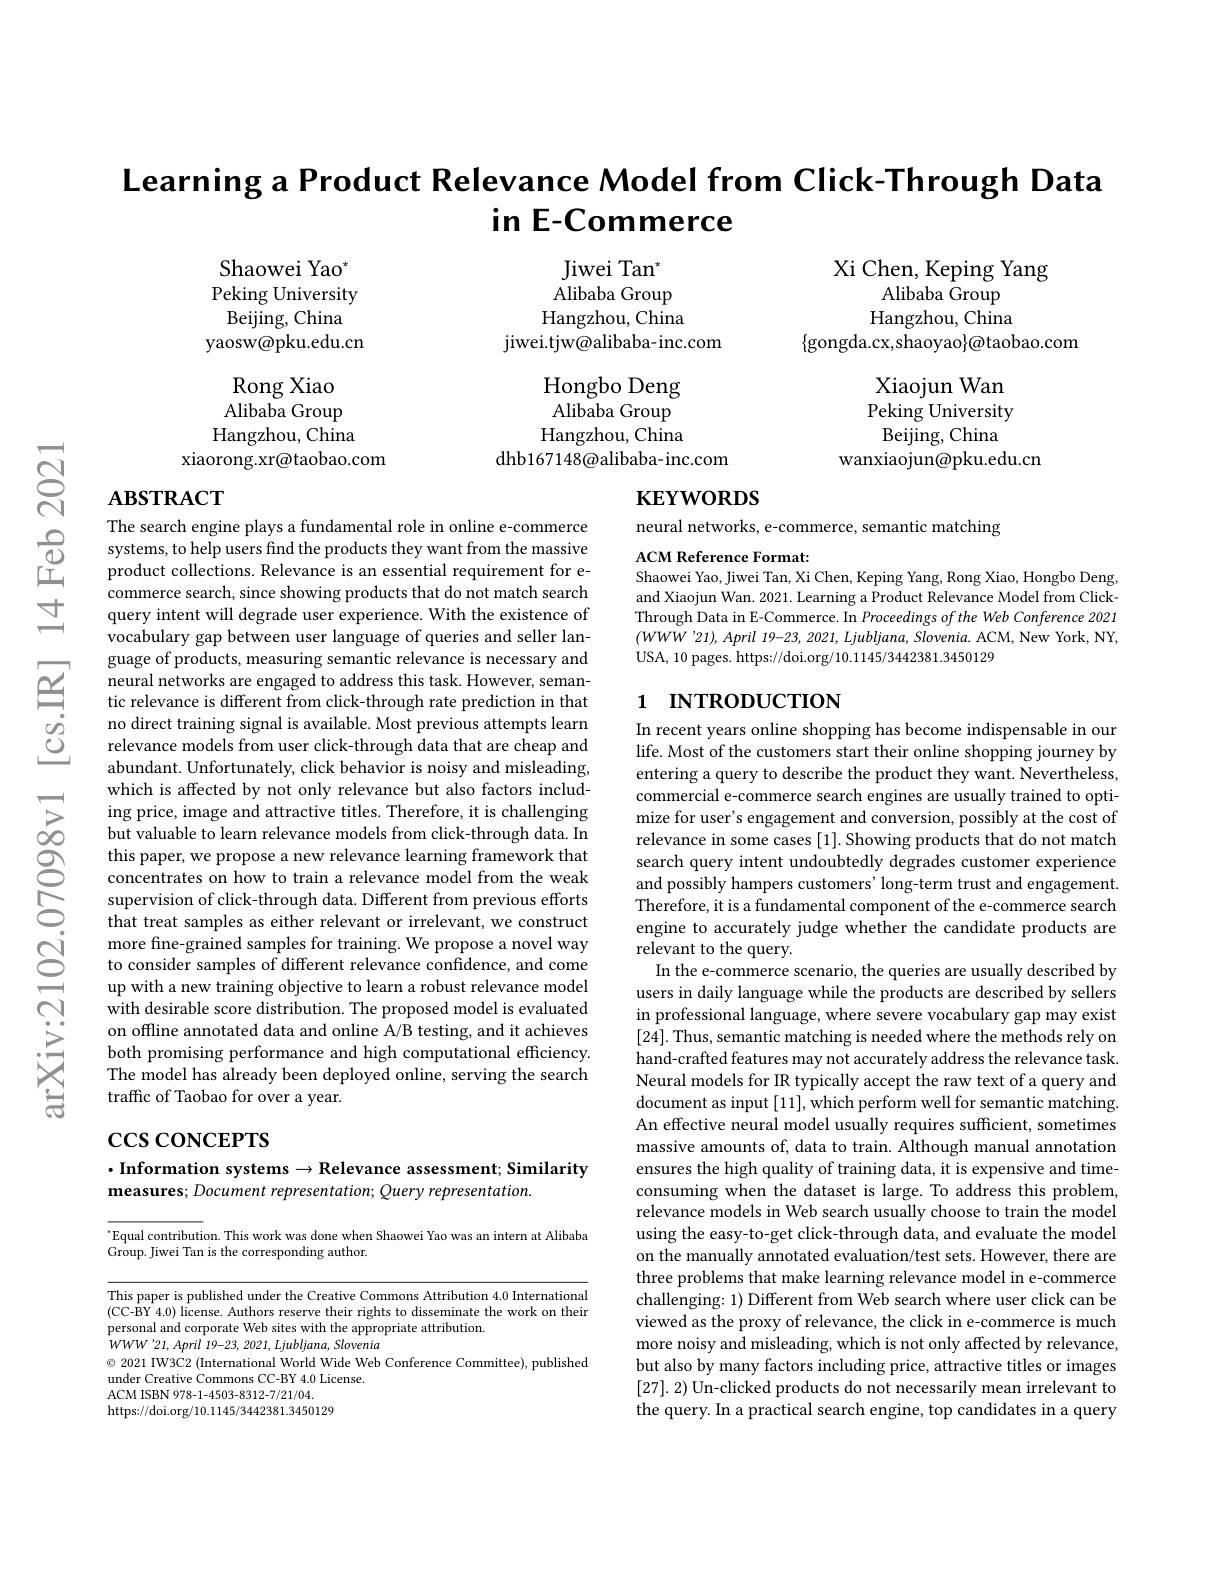
Learning a Product Relevance Model from Click-Through Data
# $\operatorname{in}$E-Commerce

Xi Chen, Keping Yang
Alibaba $\overset{\circ}{\operatorname*{Group}}$ Hangzhou, China
$\{$gongda.cx,shaoyao$\}\textcircled{a}$taobao.com

$\mathrm{Jiwei~Tan}^{*}$ ${\mathrm{Alibaba~Group}}$ Hangzhou, China
jiwei.tjw@alibaba-inc.com

Shaowei Yao$^*$ Peking University Beijing, China
yaosw@pku.edu.cn
Rong Xiao Alibaba Group Hangzhou, China
xiaorong.xr@taobao.com

Xiaojun Wan Peking University Beijing, China
wanxiaojun@pku.edu.cn

Hongbo Deng $\bar{\text{Alibaba Group}}$ Hangzhou, China
dhb167148@alibaba-inc.com

# $\mathbf{ABSTRACT}$

# $\mathbf{KEYWORDS}$

neural networks, e-commerce, semantic matching

ACM Reference Format:
Shaowei Yao, Jiwei Tan, Xi Chen, Keping Yang, Rong Xiao, Hongbo Deng, and Xiaojun Wan. 2021. Learning a Product Relevance Model from ClickThrough Data in E-Commerce. In Proceedings of the Web Conference 2021 $(WWW'21),April$ 19-23, 2021, Ljubljana, Slovenia. ACM, New York, NY, USA, 10 pages. https://doi.org/10.1145/3442381.3450129

# 1 INTRODUCTION

The search engine plays a fundamental role in online e-commerce systems, to help users find the products they want from the massive product collections. Relevance is an essential requirement for ecommerce search, since showing products that do not match search query intent will degrade user experience. With the existence of vocabulary gap between user language of queries and seller language of products, measuring semantic relevance is necessary and neural networks are engaged to address this task. However, semantic relevance is different from click-through rate prediction in that no direct training signal is available. Most previous attempts learn relevance models from user click-through data that are cheap and abundant. Unfortunately, click behavior is noisy and misleading, which is affected by not only relevance but also factors including price, image and attractive titles. Therefore, it is challenging but valuable to learn relevance models from click-through data. In this paper, we propose a new relevance learning framework that concentrates on how to train a relevance model from the weak supervision of click-through data. Different from previous efforts that treat samples as either relevant or irrelevant, we construct more fine-grained samples for training. We propose a novel way to consider samples of different relevance confidence, and come up with a new training objective to learn a robust relevance model with desirable score distribution. The proposed model is evaluated on offline annotated data and online A/B testing, and it achieves both promising performance and high computational efficiency. The model has already been deployed online, serving the search traffic of Taobao for over a year.

In recent years online shopping has become indispensable in our life. Most of the customers start their online shopping journey by entering a query to describe the product they want. Nevertheless, commercial e-commerce search engines are usually trained to optimize for user's engagement and conversion, possibly at the cost of relevance in some cases [1].Showing products that do not match search query intent undoubtedly degrades customer experience and possibly hampers customers' long-term trust and engagement. $\dot{\text{Therefore, it is a fundamental component of the e-commerce search}}$ engine to accurately judge whether the candidate products are relevant to the query.
In the e-commerce scenario, the queries are usually described by users in daily language while the products are described by sellers in professional language, where severe vocabulary gap may exist [24]. Thus, semantic matching is needed where the methods rely on hand-crafted features may not accurately address the relevance task Neural models for IR typically accept the raw text of a query and document as input [11], which perform well for semantic matching An effective neural model usually requires sufficient, sometimes massive amounts of, data to train. Although manual annotation ensures the high quality of training data, it is expensive and timeconsuming when the dataset is large. To address this problem, relevance models in Web search usually choose to train the model using the easy-to-get click-through data, and evaluate the model on the manually annotated evaluation/test sets. However, there are three problems that make learning relevance model in e-commerce challenging: 1) Different from Web search where user click can be viewed as the proxy of relevance, the click in e-commerce is much more noisy and misleading, which is not only affected by relevance, but also by many factors including price, attractive titles or images [27].2) Un-clicked products do not necessarily mean irrelevant to the query. In a practical search engine, top candidates in a query

# $\csc\csc$coNCEPTS

$\cdot$Information systems$\to$Relevance assessment; Similarity
measures; Document representation; Query representation.

$^{\cdot}$Equal contribution. This work was done when Shaowei Yao was an intern at Alibaba
Group. Jiwei Tan is the corresponding author.

This paper is published under the Creative Commons Attribution 4.0 International (CC-BY 4.0) license. Authors reserve their rights to disseminate the work on their personal and corporate Web sites with the appropriate attribution. personal and corporate Web sites with the appropriate attribution. Withu' at Amil tinilin Cl
$WWW^{\prime}21,April~19-23,~2021,~Ljubljana,~Slovenia$
$\odot2021$ IW3C2 (International World Wide Web Conference Committee), published
under Creative Commons CC-BY 4.0 License.
ACM ISBN 978-1-4503-8312-7/21/04.
https://doi.org/10.1145/3442381.3450129